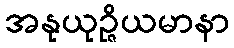
အနုယုဉ္ဇိယမာနာ